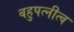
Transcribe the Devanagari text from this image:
बहुपत्‍नीत्व